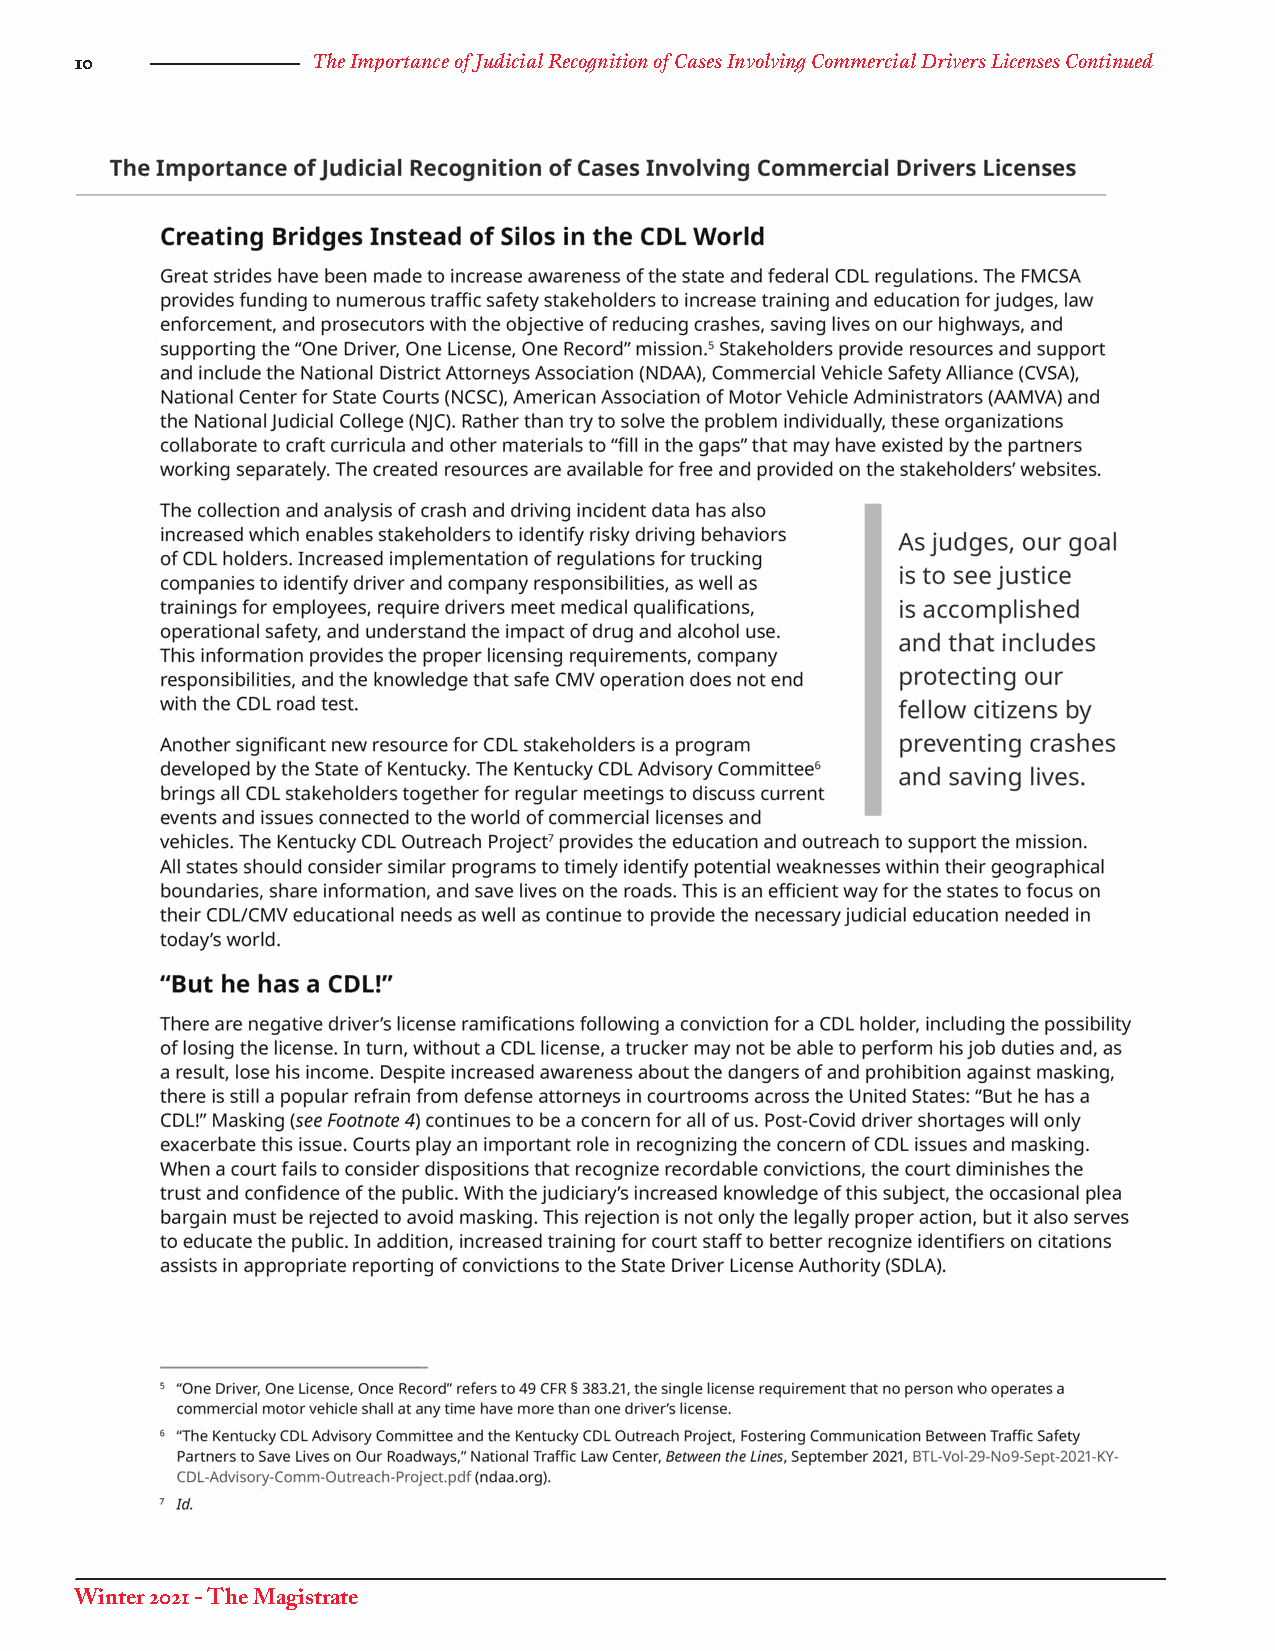
10              The Importance of Judicial Recognition of Cases Involving Commercial Drivers Licenses Continued
 Winter 2021 - The Magistrate